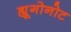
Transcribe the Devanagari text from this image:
ह्यूगोनोट